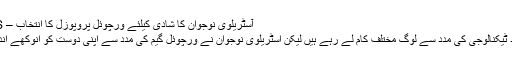
آسٹریلوی نوجوان کا شادی کیلئے ورچوئل پروپوزل کا انتخاب – SAHA NEWS
جدید دنیا میں جدید ٹیکنالوجی کی مدد سے لوگ مختلف کام لے رہے ہیں لیکن آسٹریلوی نوجوان نے ورچوئل گیم کی مدد سے اپنی دوست کو انوکھے انداز میں پرپوز کیا۔